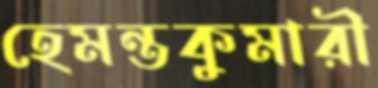
হেমন্তকুমারী